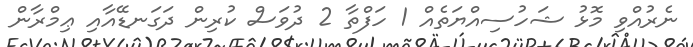
ނެރުއްވި މޮޅު ޝަހުސިއްޔަތެއް 1 ހަފްތާ 2 ދުވަސް ކުރިން ދަގަނޑޭއާއި ޢިމްރާން